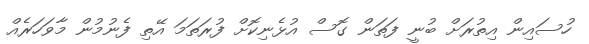
ހުސައިން އިތުރަށް ބުނީ ފަތަން ގޮސް އުޅެނިކޮށް ފުރަތަމަ އޭތި ފެނުމުން މާވަހަރެއް